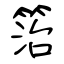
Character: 箈